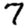
Digit: 7